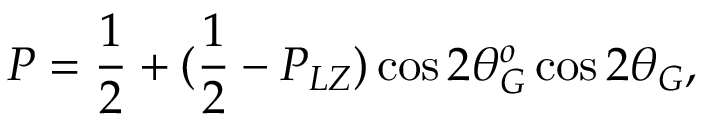
P = \frac { 1 } { 2 } + ( \frac { 1 } { 2 } - P _ { L Z } ) \cos 2 \theta _ { G } ^ { o } \cos 2 \theta _ { G } ,